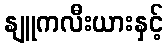
နျူကလီးယားနှင့်